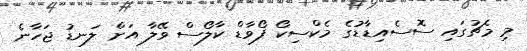
މި މެޗުގައި ސޮސެއިޑާޑުގެ މެކްސިކޯ ފޯވާޑް ކާލޯސް ވޭލާ އަށް ލަނޑު ޖަހާނެ